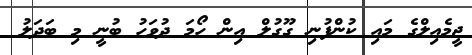
ޖީމެއިލްގެ މައި ކުންފުނި ގޫގުލް އިން ހޯމަ ދުވަހު ބުނީ މި ބަދަލު